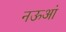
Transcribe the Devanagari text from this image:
नऊआं